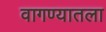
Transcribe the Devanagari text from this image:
वागण्यातला